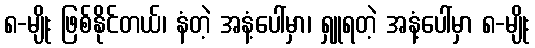
၈-မျိုး ဖြစ်နိုင်တယ်၊ နံတဲ့ အနံ့ပေါ်မှာ၊ ရှူရတဲ့ အနံ့ပေါ်မှာ ၈-မျိုး